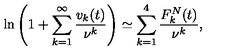
\ln \left( 1 + \sum _ { k = 1 } ^ { \infty } \frac { v _ { k } ( t ) } { \nu ^ { k } } \right) \simeq \sum _ { k = 1 } ^ { 4 } \frac { F _ { k } ^ { N } ( t ) } { \nu ^ { k } } { , }